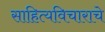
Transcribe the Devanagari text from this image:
साहित्यविचाराचे